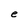
Character: e